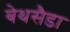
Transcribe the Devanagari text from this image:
बेथसैडा